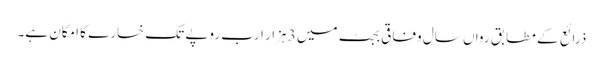
ذرائع کے مطابق رواں سال وفاقی بجٹ میں 3 ہزار ارب روپے تک خسارے کا امکان ہے۔